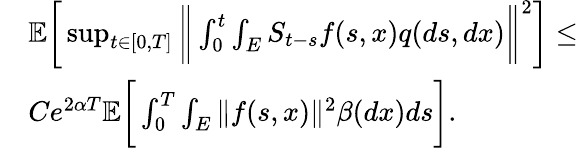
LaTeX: \begin{array}{rl}&{\mathbb{E}\bigg[\operatorname*{sup}_{t\in[0,T]}\bigg\| \int_{0}^{t}\int_{E}S_{t-s}f(s,x)q(ds,dx)\bigg\| ^{2}\bigg]\leq}\\ &{Ce^{2\alpha T}\mathbb{E}\bigg[\int_{0}^{T}\int_{E}\| f(s,x)\| ^{2}\beta(dx)ds\bigg].}\end{array}